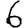
Digit: 6